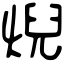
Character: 𤊓